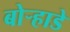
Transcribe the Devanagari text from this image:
बोर्‍हाडे